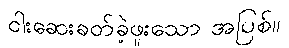
ငါးဆေးခတ်ခဲ့ဖူးသော အပြစ်။